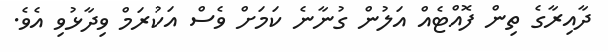
ދާއިރާގެ ތިން ފޮއްޓެއް އަލުން ގުނާނެ ކަމަށް ވެސް އަކުރަމް ވިދާޅުވި އެވެ.